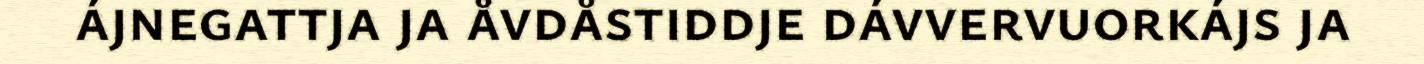
ájnegattja ja åvdåstiddje dávvervuorkájs ja